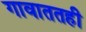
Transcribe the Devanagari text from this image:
गावाततही